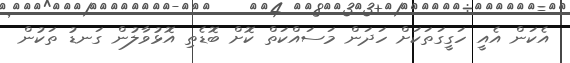
އެކަން އެއީ ހަގީގަތަކަށް ހަދަން މަސައްކަތް ކޮށް ބޮޑެތި އޮޅުވާލުން ގަނޑު ތަކުން